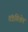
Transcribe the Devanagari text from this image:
तंत्रविशेष